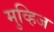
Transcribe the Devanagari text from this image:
मुव्हिज